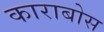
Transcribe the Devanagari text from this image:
काराबोस